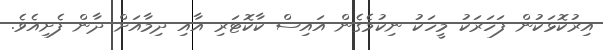
އިރުކޮޅަކުން ފަހަރަކު މީހަކު ނިކުމެގެން އައިސް ކާކޮޓަރި އާއި ދިމާއަށް ދާން ފެށިއެވެ.